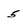
Character: 5